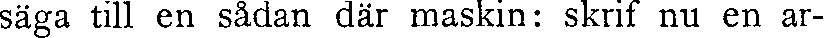
säga till en sådan där maskin: skrif nu en ar-